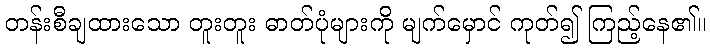
တန်းစီချထားသော တူးတူး ဓာတ်ပုံများကို မျက်မှောင် ကုတ်၍ ကြည့်နေ၏။